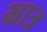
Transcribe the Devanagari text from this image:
भ्रात्र